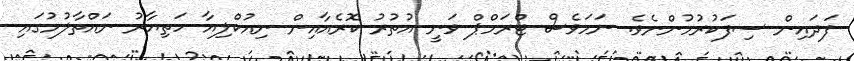
ފަދައިން ސިފަކުރުމުންނެވެ. ނަމަވެސް ޓްރަމްޕް ވަނީ އުތުރު ކޮރެއާއިން ނިއުކްލިއާ ހަތިޔާރު ނައްތާލުމުގައި